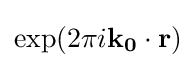
\exp(2\pi i\mathbf {k_{0}} \cdot \mathbf {r} )